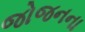
જોજનના